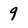
Character: 9